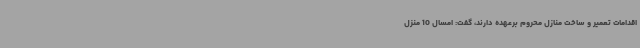
اقدامات تعمیر و ساخت منازل محروم برعهده دارند، گفت: امسال 10 منزل